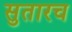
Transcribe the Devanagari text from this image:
सुतारच